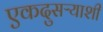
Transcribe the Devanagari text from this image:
एकदुसऱ्याशी